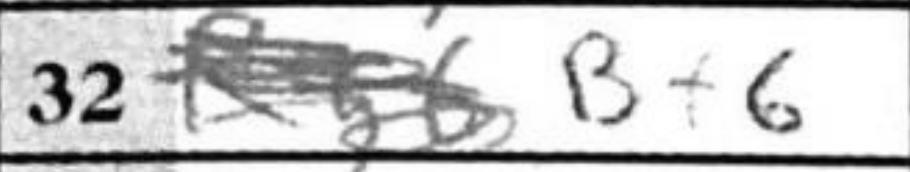
Transcription: Bx6